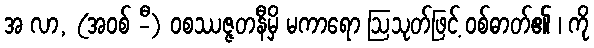
အ လာ, (အဝစ် -ီ) ဝစဿဇ္ဇတနီမှိ မကာရော ဩသုတ်ဖြင့် ဝစ်ဓာတ်၏ ၊ ကို